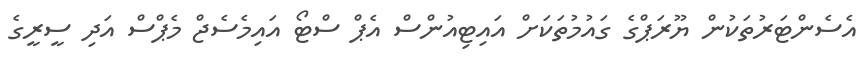
އެސެންޓަރުތަކުން ޔޫރަޕްގެ ގައުމުތަކަށް އައިޓިއުންސް އެޕް ސްޓޯ އައިމެސެޖް މެޕްސް އަދި ސީރީގެ